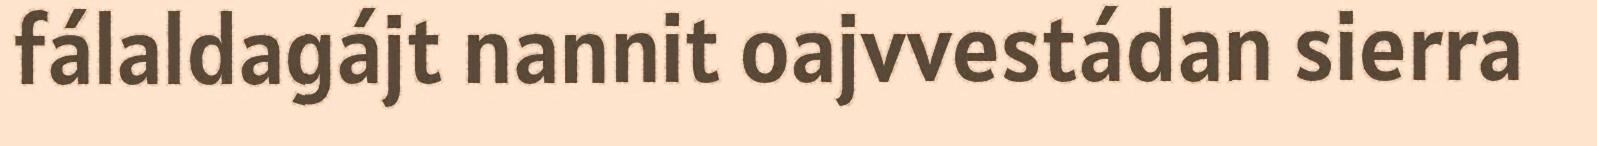
fálaldagájt nannit oajvvestádan sierra